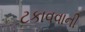
ટકાવવાની